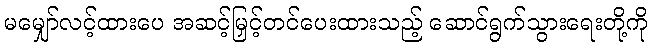
မမျှော်လင့်ထားပေ အဆင့်မြှင့်တင်ပေးထားသည့် ဆောင်ရွက်သွားရေးတို့ကို